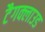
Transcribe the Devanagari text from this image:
टैगक्लाउड